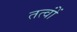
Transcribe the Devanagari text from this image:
तत्वोंं